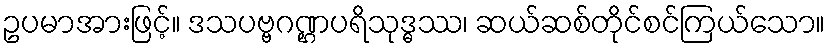
ဥပမာအားဖြင့်။ ဒသပဗ္ဗဂဏ္ဌပရိသုဒ္ဓဿ၊ ဆယ်ဆစ်တိုင်စင်ကြယ်သော။